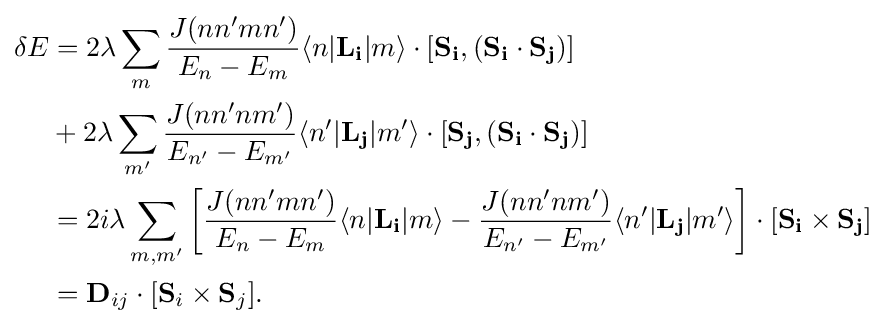
{\begin{aligned}\delta E&=2\lambda \sum \limits _{m}{\frac {J(nn'mn')}{E_{n}-E_{m}}}\langle n|\mathbf {L_{i}} |m\rangle \cdot [\mathbf {S_{i}} ,(\mathbf {S_{i}} \cdot \mathbf {S_{j}} )]\\&+2\lambda \sum _{m'}{\frac {J(nn'nm')}{E_{n'}-E_{m'}}}\langle n'|\mathbf {L_{j}} |m'\rangle \cdot [\mathbf {S_{j}} ,(\mathbf {S_{i}} \cdot \mathbf {S_{j}} )]\\&=2i\lambda \sum \limits _{m,m'}\left[{\frac {J(nn'mn')}{E_{n}-E_{m}}}\langle n|\mathbf {L_{i}} |m\rangle -{\frac {J(nn'nm')}{E_{n'}-E_{m'}}}\langle n'|\mathbf {L_{j}} |m'\rangle \right]\cdot [\mathbf {S_{i}} \times \mathbf {S_{j}} ]\\&=\mathbf {D} _{ij}\cdot [\mathbf {S} _{i}\times \mathbf {S} _{j}].\end{aligned}}